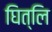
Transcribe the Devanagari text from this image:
घित्लि